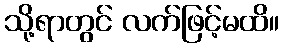
သို့ရာတွင် လက်ဖြင့်မထိ။